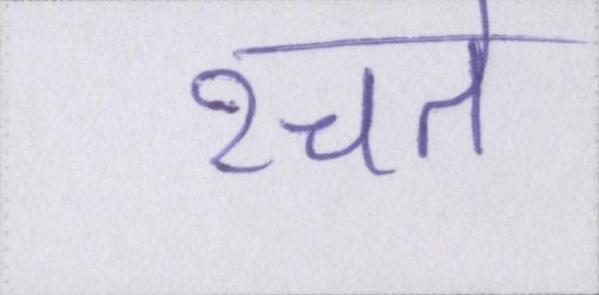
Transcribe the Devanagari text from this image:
रचते